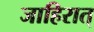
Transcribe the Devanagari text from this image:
जाहिरात्